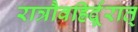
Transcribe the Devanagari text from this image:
रात्रौवह्रिर्दूरात्